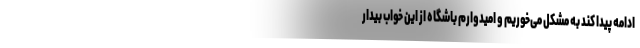
ادامه پیدا کند به مشکل می‌خوریم و امیدوارم باشگاه از این خواب بیدار